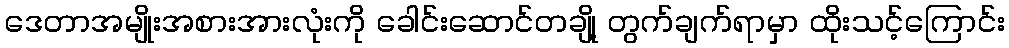
ဒေတာအမျိုးအစားအားလုံးကို ခေါင်းဆောင်တချို့ တွက်ချက်ရာမှာ ထိုးသင့်ကြောင်း